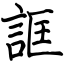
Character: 誆